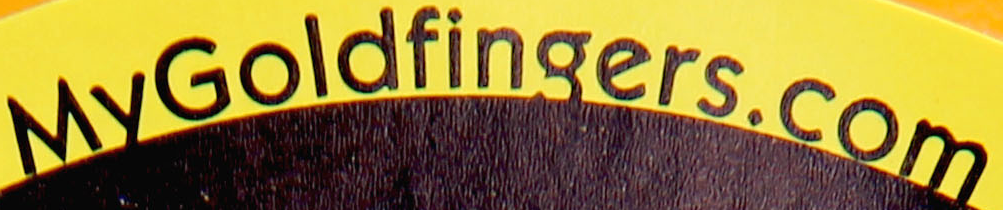
MyGoldfingers.com